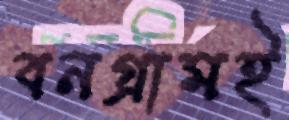
বনগ্রামই